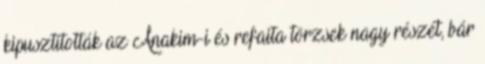
kipusztították az Anakim-i és refaita törzsek nagy részét, bár